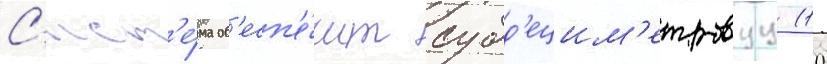
С'ист'е́ма об'есп'е́чит субд'ецим'етровуу (10